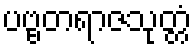
ပဗ္ဗတရာဇသုတ္တံ